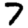
Digit: 7